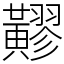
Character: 䵏